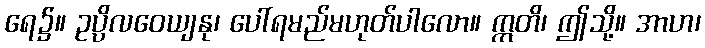
ရေ၌။ ဥပ္ပိလဝေယျနု၊ ပေါ်ရမည်မဟုတ်ပါလော။ ဣတိ၊ ဤသို့။ အာဟ၊